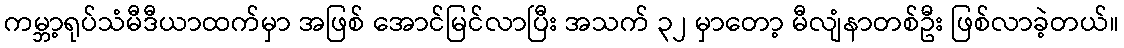
ကမ္ဘာ့ရုပ်သံမီဒီယာထက်မှာ အဖြစ် အောင်မြင်လာပြီး အသက် ၃၂ မှာတော့ မီလျံနာတစ်ဦး ဖြစ်လာခဲ့တယ်။